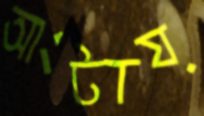
আংটায়